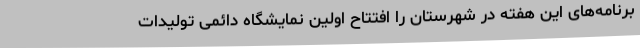
برنامه‌های این هفته در شهرستان را افتتاح اولین نمایشگاه دائمی تولیدات